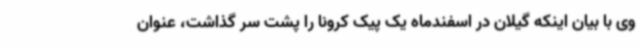
وی با بیان اینکه گیلان در اسفندماه یک پیک کرونا را پشت سر گذاشت، عنوان